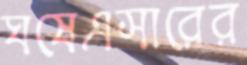
ঘষেএসারের